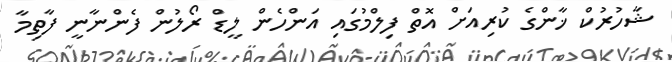
ޝާހުރުކް ޚާންގެ ކުރިއަށް އޮތް ފިލްމުގައި އަންހެން ލީޑް ރޯލުން ފެންނާނީ ފާތިމާ